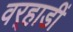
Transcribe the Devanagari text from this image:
वर्‍हाडीं